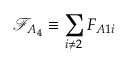
\mathcal { F } _ { A _ { 4 } } \equiv \sum _ { i \neq 2 } F _ { A 1 i }